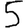
Digit: 5